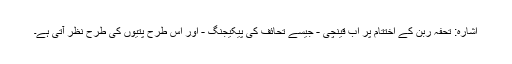
اشارہ: تحفہ ربن کے اختتام پر اب قینچی - جیسے تحائف کی پیکیجنگ - اور اس طرح پتیوں کی طرح نظر آتی ہے۔